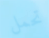
تحمل